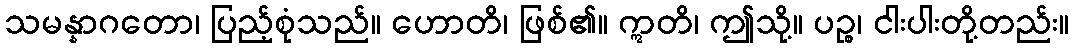
သမန္နာဂတော၊ ပြည့်စုံသည်။ ဟောတိ၊ ဖြစ်၏။ ဣတိ၊ ဤသို့။ ပဉ္စ၊ ငါးပါးတို့တည်း။